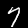
Label: 7